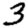
Digit: 3